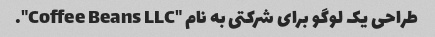
طراحی یک لوگو برای شرکتی به نام "Coffee Beans LLC".